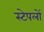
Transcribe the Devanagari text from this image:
स्टेपलों